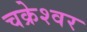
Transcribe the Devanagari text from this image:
चक्रेश्वर